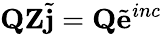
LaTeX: {\mathbf Q}{\mathbf Z}{\tilde{\mathbf j}}={\mathbf Q}{\tilde{\mathbf e}}^{inc}